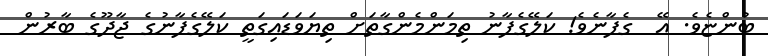
ބުންޏެވެ. އޭ  ގެފާނެވެ! ކަލޭގެފާނު ތިމަންމެންގާތަށް ތިޔަވަޑައިގަތީ ކަލޭގެފާނުގެ ޖާދޫގެ ބާރުން